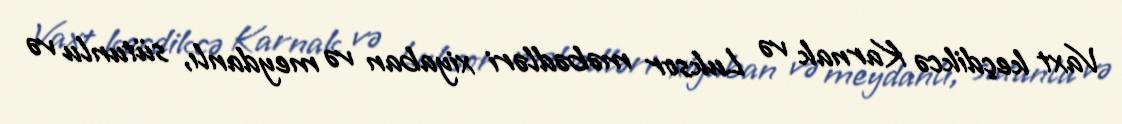
Vaxt keçdikcə Karnak və Luksor məbədləri xiyaban və meydanlı, sütunlu və